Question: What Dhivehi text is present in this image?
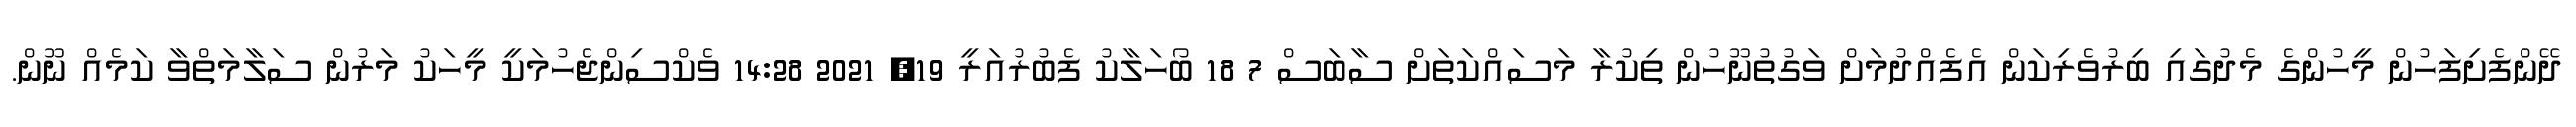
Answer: ދޭންފެށިފަހުން މީހުންގެ މެދުގައި ބިރުވެރިކަން އެފެއްދުމަށް ވަގުތުނޫހުން ތިކުރާ މަސައްކަތަށް ސާބަސް 7 18 ބޯހަލާކު ފެބުރުއަރީ 19, 2021 14:28 ވެކްސިންޖެހުމަކީ މީހަކު މަރުން ސަލާމަތްވާ ކަމެއް ނޫން.